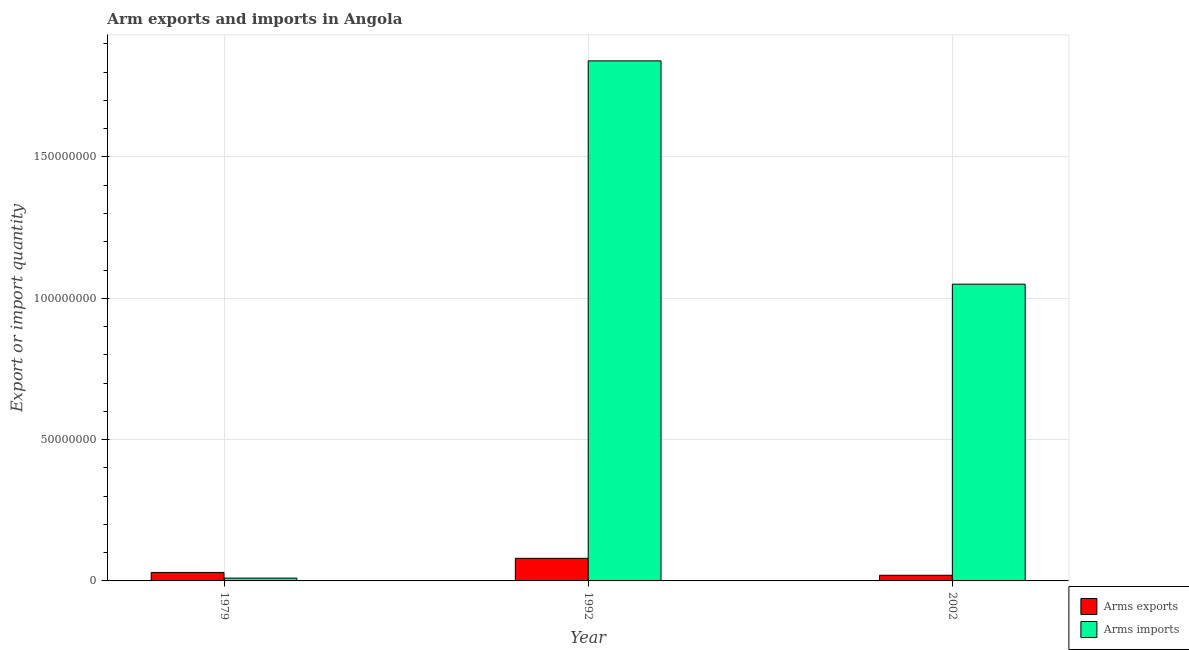
| Year | Arms exports | Arms imports |
 | --- | --- | --- |
 | 1979 | 3e+06 | 1e+06 |
 | 1992 | 8e+06 | 1.84e+08 |
 | 2002 | 2e+06 | 1.05e+08 |